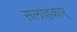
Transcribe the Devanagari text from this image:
सलाहकार्